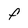
Character: f